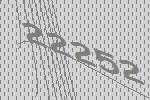
22252